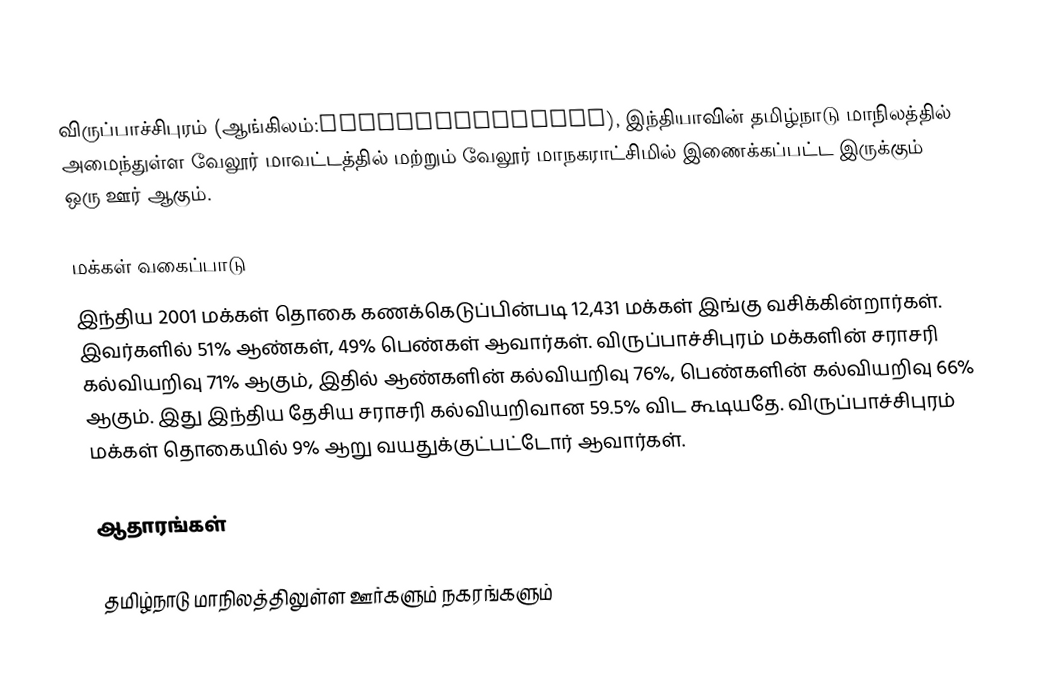
விருப்பாச்சிபுரம் (ஆங்கிலம்:Virupakshipuram), இந்தியாவின் தமிழ்நாடு மாநிலத்தில் அமைந்துள்ள வேலூர் மாவட்டத்தில் மற்றும் வேலூர் மாநகராட்சிமில் இணைக்கப்பட்ட இருக்கும் ஒரு ஊர் ஆகும்.

மக்கள் வகைப்பாடு
இந்திய 2001 மக்கள் தொகை கணக்கெடுப்பின்படி 12,431 மக்கள் இங்கு வசிக்கின்றார்கள். இவர்களில் 51% ஆண்கள், 49% பெண்கள் ஆவார்கள். விருப்பாச்சிபுரம் மக்களின் சராசரி கல்வியறிவு 71% ஆகும்,  இதில் ஆண்களின் கல்வியறிவு 76%,  பெண்களின் கல்வியறிவு 66% ஆகும். இது இந்திய தேசிய சராசரி கல்வியறிவான 59.5% விட கூடியதே. விருப்பாச்சிபுரம் மக்கள் தொகையில் 9%  ஆறு வயதுக்குட்பட்டோர் ஆவார்கள்.

ஆதாரங்கள்

 தமிழ்நாடு மாநிலத்திலுள்ள ஊர்களும் நகரங்களும்